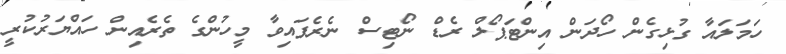
ހަމަލައާ ގުޅިގެން ހޯދަން އިންޓަޕޯލް ރެޑް ނޯޓިސް ނެރެފައިވާ މީހުންގެ ތެރެއިން ހައްޔަރުކުރީ